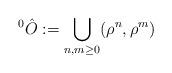
LaTeX: \begin{align*}^{0}\hat{O}:=\bigcup_{n,m\geq 0}(\rho ^{n},\rho ^{m})\end{align*}